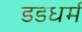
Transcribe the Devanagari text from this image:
डडधर्म